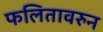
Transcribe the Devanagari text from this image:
फलितावरुन